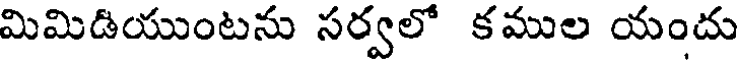
మిమిడియుంటను సర్వలో కముల యందు